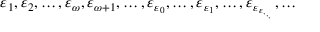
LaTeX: \varepsilon _ { 1 } , \varepsilon _ { 2 } , \ldots , \varepsilon _ { \omega } , \varepsilon _ { \omega + 1 } , \ldots , \varepsilon _ { \varepsilon _ { 0 } } , \ldots , \varepsilon _ { \varepsilon _ { 1 } } , \ldots , \varepsilon _ { \varepsilon _ { \varepsilon _ { \cdot _ { \cdot _ { \cdot } } } } } , \ldots